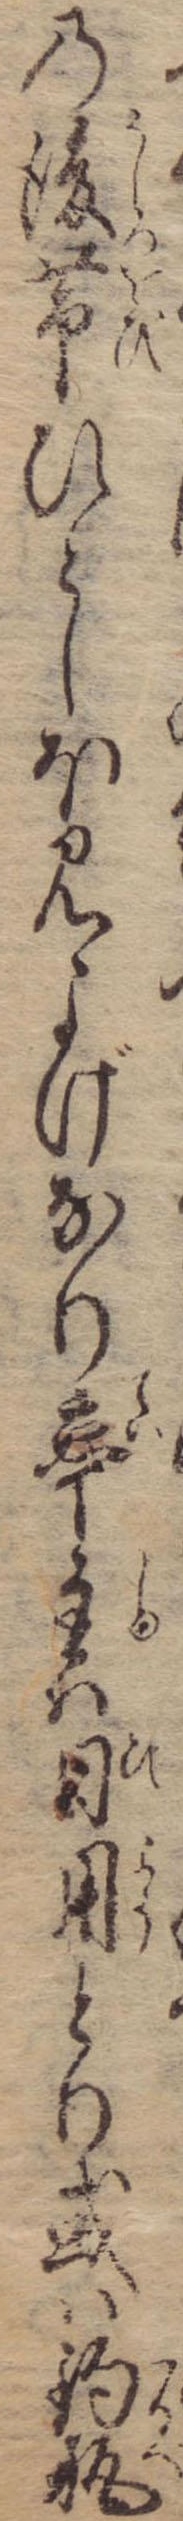
の後帯ひとしほ見よげなり亭主は日用とり或は釣瓶